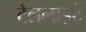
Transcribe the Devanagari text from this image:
टेललाइटें